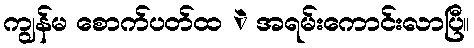
ကျွန်မ စောက်ပတ်ထ ဲ အရမ်းကောင်းလာပြီ။